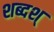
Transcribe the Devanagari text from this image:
शब्दश्